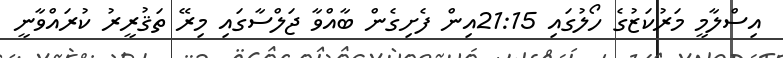
އިސްލާމީ މަރުކަޒުގެ ހޯލުގައި 21:15އިން ފެށިގެން ބާއްވާ ޖަލްސާގައި މިރޭ ތަޤުރީރު ކުރައްވާނީ